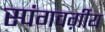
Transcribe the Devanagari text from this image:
स्पंगवर्ग़ीय